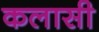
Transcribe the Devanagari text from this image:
कलासी